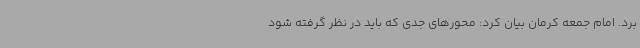
برد. امام جمعه کرمان بیان کرد: محورهای جدی که باید در نظر گرفته شود